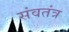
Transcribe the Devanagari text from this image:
संवतंत्र